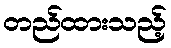
တည်ထားသည့်